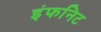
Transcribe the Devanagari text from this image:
इंफनिट